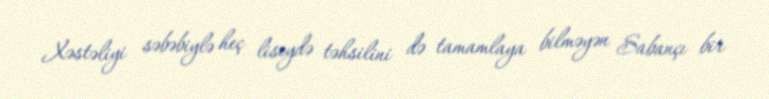
Xəstəliyi səbəbiylə heç liseydə təhsilini də tamamlaya bilməyən Sabançı bir